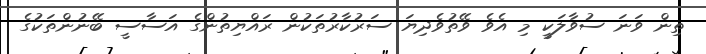
ތިން ވަނަ ސުވާލަކީ މި އެވެ ވޭތުވެދިޔަ ސަރުކާރުތަކުން ރައްޔިތުންގެ އަސާސީ ބޭނުންތަކުގެ